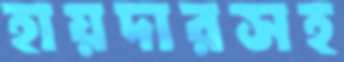
হায়দারসহ